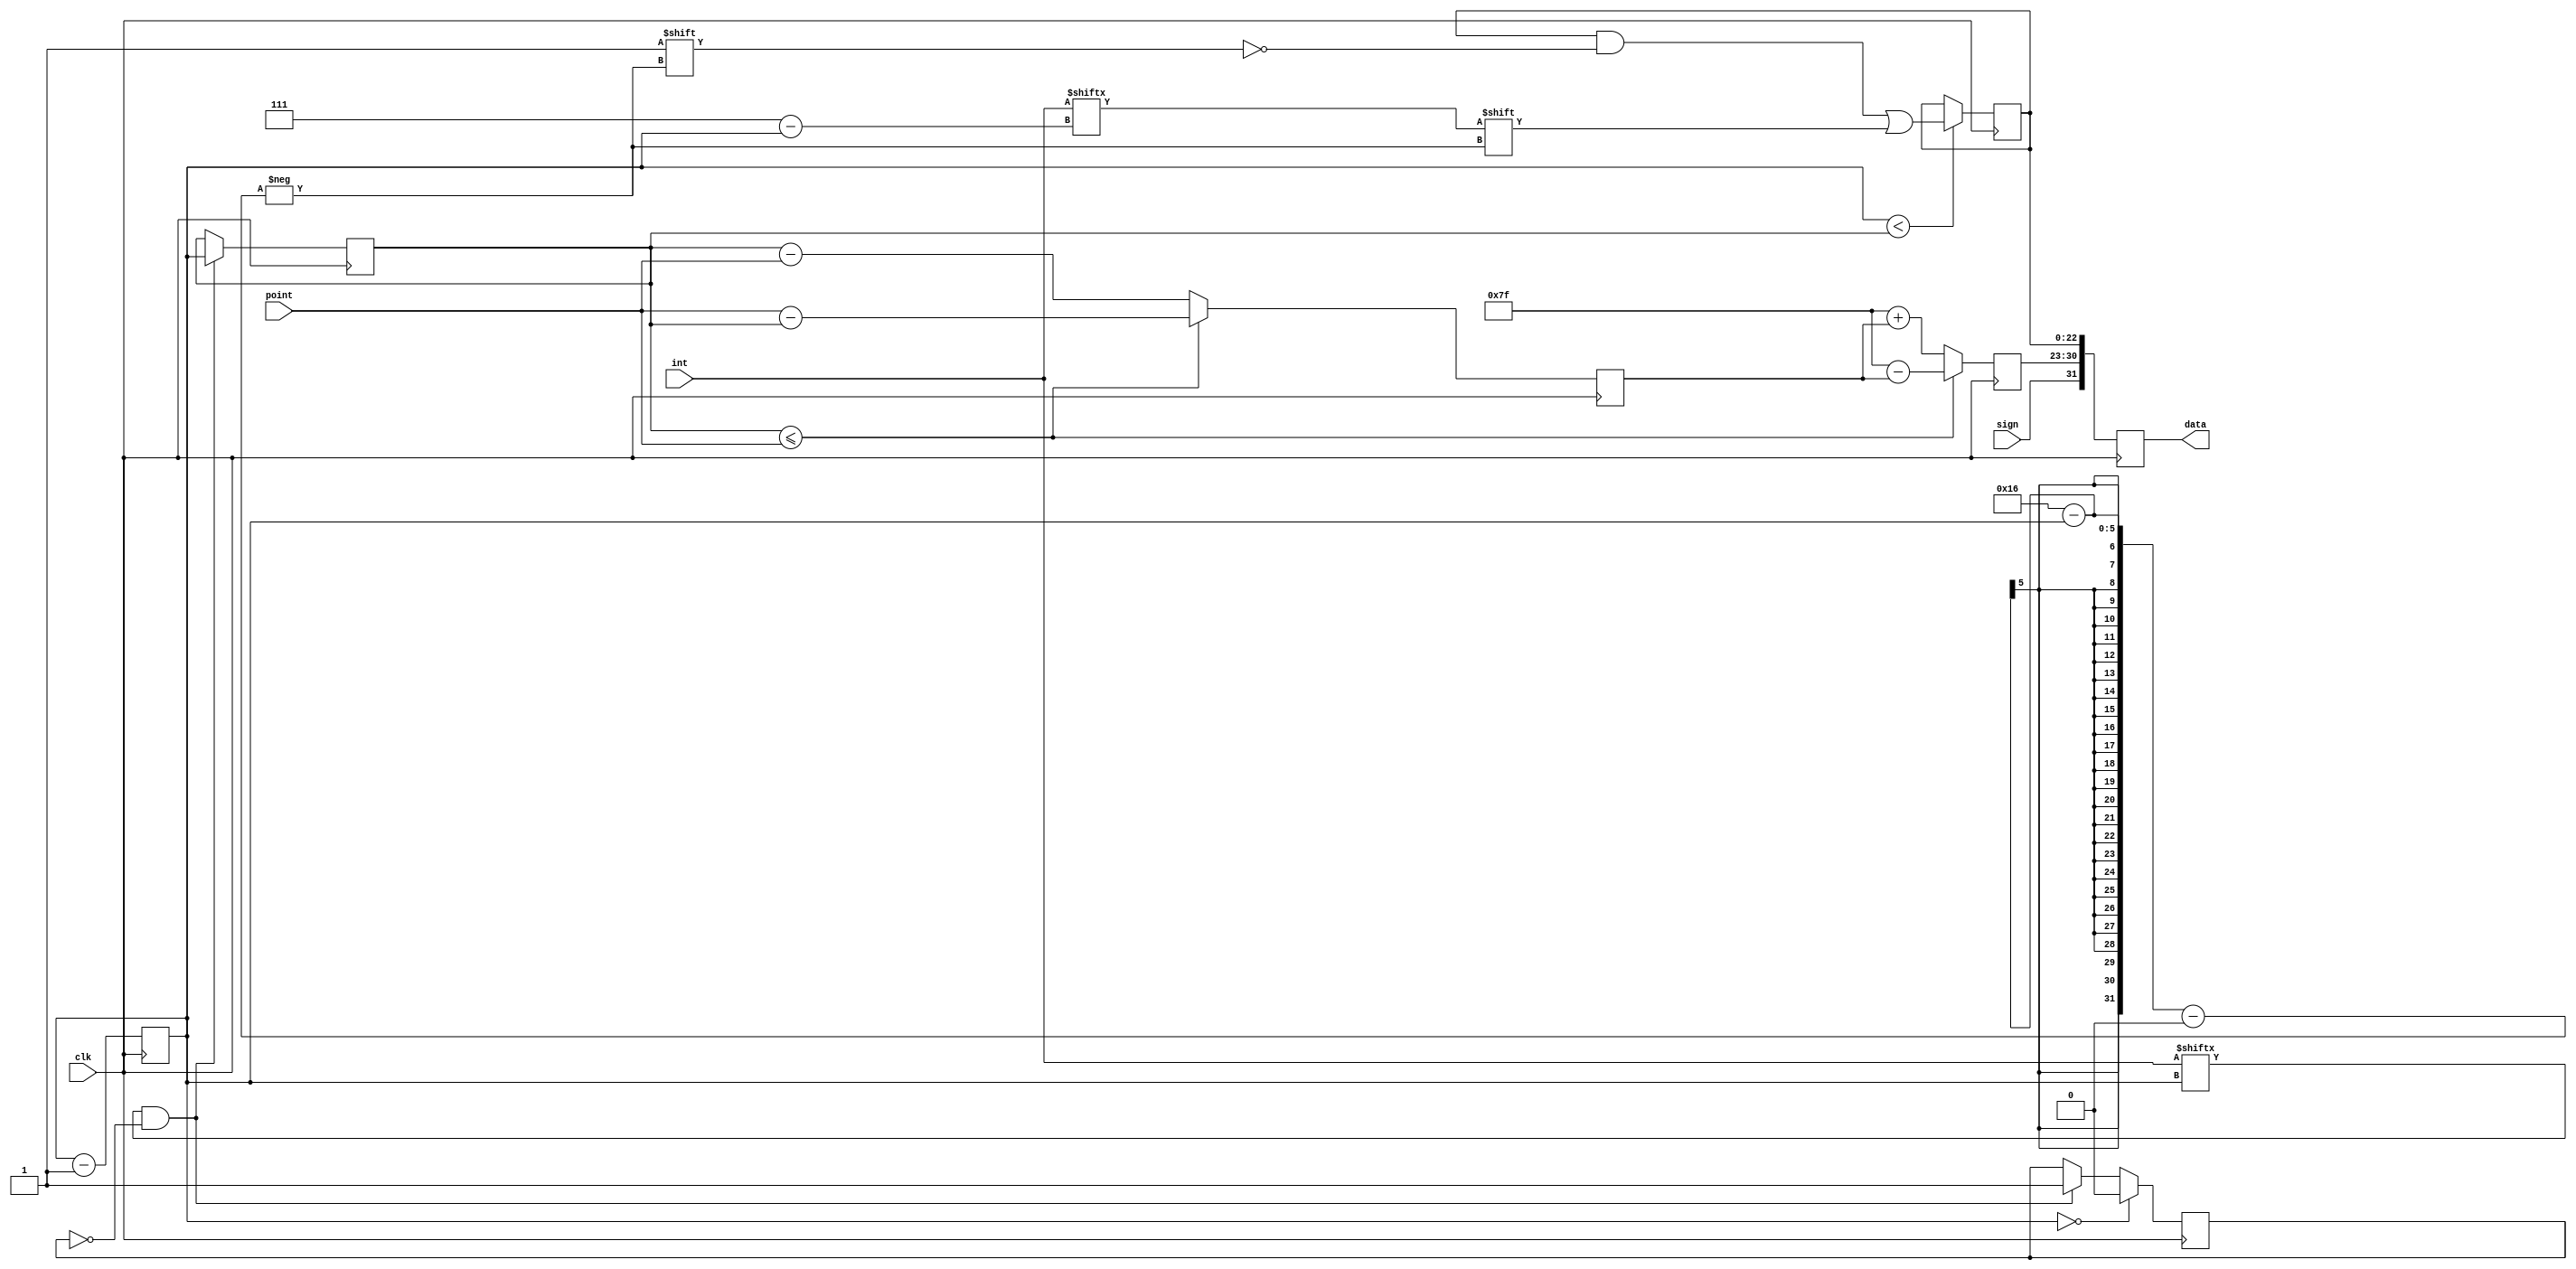
module floating_pt_converter(
input wire clk,
input wire [7:0] int,
input wire [2:0] point,
input wire sign,
output reg [31:0] data);

	reg [7:0] exp;
	reg [22:0] mantissa = 0;
	reg [2:0] count = 7;
	reg [2:0] ref = 0;
	reg signal = 0;
	reg conv = 0;
	reg [2:0] diff = 0;
	always @(posedge clk) begin
		if(int[count]==1 && signal == 0) begin
			ref <= count;
			signal <= 1;
		end
		if (ref <= point) begin
			diff <= point - ref;
			exp <= 127 - diff;
		end
		else begin
			diff <= ref - point;
			exp <= 127 + diff;
		end
		if (count == 0) begin
			count <= 7;
			signal <= 0;
		end
		if (count < ref) begin
			mantissa[22-count] <= int[7-count];
		end
		data[31] <= sign;
		data[30:23] <= exp;
		data[22:0] <= mantissa;
		count <= count - 1;
	end
endmodule